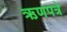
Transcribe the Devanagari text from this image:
ऋणपत्रे